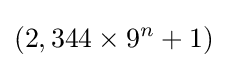
(2,344\times 9^{n}+1)